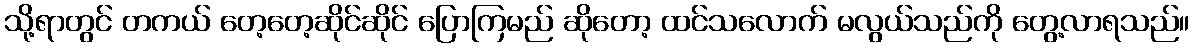
သို့ရာတွင် တကယ် တေ့တေ့ဆိုင်ဆိုင် ပြောကြမည် ဆိုတော့ ထင်သလောက် မလွယ်သည်ကို တွေ့လာရသည်။